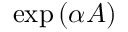
\exp \left( \alpha A \right)